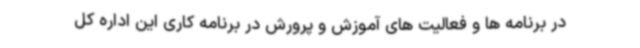
در برنامه ها و فعالیت های آموزش و پرورش در برنامه کاری این اداره کل